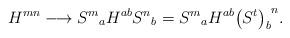
LaTeX: \begin{align*} H^{mn} \longrightarrow {S^m}_a H^{ab} {S^n}_b = {S^m}_a H^{ab} {\left(S^t\right)_b}^n.\end{align*}